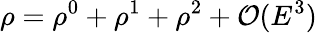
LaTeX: \rho=\rho^{0}+\rho^{1}+\rho^{2}+\mathcal{O}(E^{3})